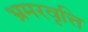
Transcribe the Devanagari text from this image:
भ्रमरवृत्ति